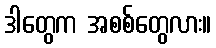
ဒါတွေက အစစ်တွေလား။